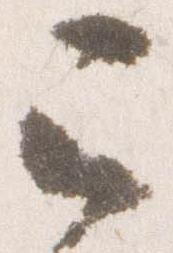
巳